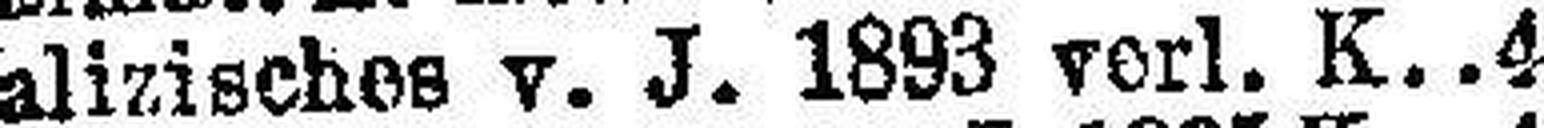
Galizisches v. J. 1893 verl. K. 4